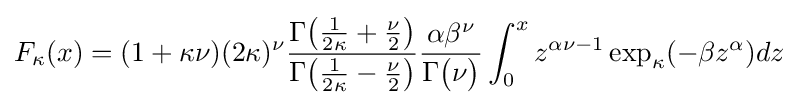
F_{\kappa }(x)=(1+\kappa \nu )(2\kappa )^{\nu }{\frac {\Gamma {\big (}{\frac {1}{2\kappa }}+{\frac {\nu }{2}}{\big )}}{\Gamma {\big (}{\frac {1}{2\kappa }}-{\frac {\nu }{2}}{\big )}}}{\frac {\alpha \beta ^{\nu }}{\Gamma {\big (}\nu {\big )}}}\int _{0}^{x}z^{\alpha \nu -1}\exp _{\kappa }(-\beta z^{\alpha })dz